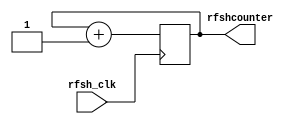
`timescale 1ns / 1ps

module refreshcounter(
input rfsh_clk, 
output reg[1:0] rfshcounter
    );
    
always@(posedge rfsh_clk)
     rfshcounter <= rfshcounter + 1;
endmodule